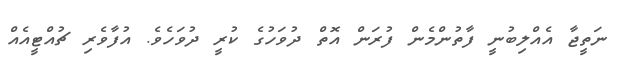
ނަތީޖާ އެއްލިބުނީ ފާތުންމެން ފުރަން އޮތް ދުވަހުގެ ކުރީ ދުވަހެވެ. އުފާވެރި ޗުއްޓީއެއް